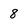
Character: 8